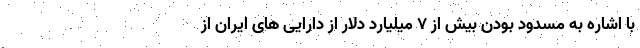
با اشاره به مسدود بودن بیش از ۷ میلیارد دلار از دارایی های ایران از